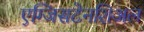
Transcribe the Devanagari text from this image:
एग्जिसटेनशिअल